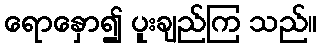
ရောနှော၍ ပူးချည်ကြ သည်။